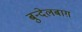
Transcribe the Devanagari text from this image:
बुन्देलबाग़